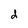
Character: d